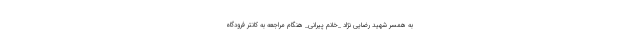
به همسر شهید رضایی نژاد _خانم پیرانی_ هنگام مراجعه به کانتر فرودگاه